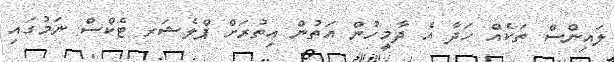
ލައިންސް ތަކެއް ހަދާ އެ ދާމީހުން އަތުން އިތުރަށް ޕްލެޝަރ ޓެކްސް ނަމުގައި